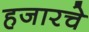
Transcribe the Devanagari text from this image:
हजारचे